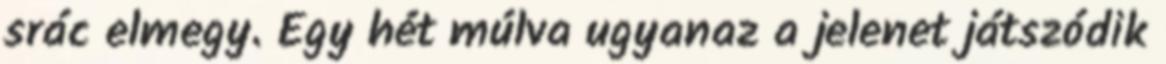
srác elmegy. Egy hét múlva ugyanaz a jelenet játszódik